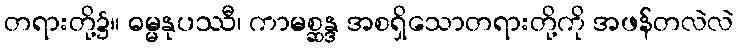
တရားတို့၌။ ဓမ္မနုပဿီ၊ ကာမစ္ဆန္ဒ အစရှိသောတရားတို့ကို အဖန်တလဲလဲ